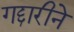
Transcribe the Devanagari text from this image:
गद्दारीने